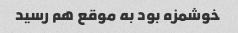
خوشمزه بود به موقع هم رسید